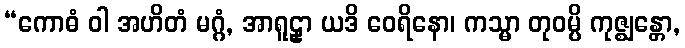
“ကောဓံ ဝါ အဟိတံ မဂ္ဂံ, အာရူဠှာ ယဒိ ဝေရိနော၊ ကသ္မာ တုဝမ္ပိ ကုဇ္ဈန္တော,